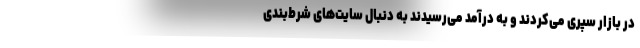
در بازار سپری می‌کردند و به درآمد می‌رسیدند به دنبال سایت‌های شرط‌بندی